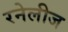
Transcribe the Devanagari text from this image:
रनेलीज